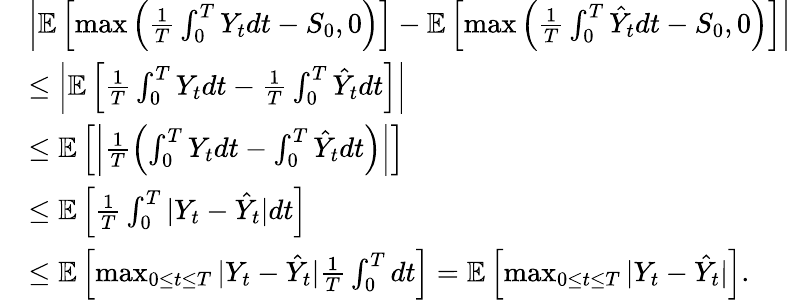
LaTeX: \begin{array}{rl}&{\left|\mathbb{E}\left[\operatorname*{max}\left(\frac{1}{T}\int_{0}^{T}Y_{t}dt-S_{0},0\right)\right]-\mathbb{E}\left[\operatorname*{max}\left(\frac{1}{T}\int_{0}^{T}\hat{Y}_{t}dt-S_{0},0\right)\right]\right|}\\ &{\leq\left|\mathbb{E}\left[\frac{1}{T}\int_{0}^{T}Y_{t}dt-\frac{1}{T}\int_{0}^{T}\hat{Y}_{t}dt\right]\right|}\\ &{\leq\mathbb{E}\left[\left|\frac{1}{T}\left(\int_{0}^{T}Y_{t}dt-\int_{0}^{T}\hat{Y}_{t}dt\right)\right|\right]}\\ &{\leq\mathbb{E}\left[\frac{1}{T}\int_{0}^{T}|Y_{t}-\hat{Y}_{t}|dt\right]}\\ &{\leq\mathbb{E}\left[\operatorname*{max}_{0\leq t\leq T}|Y_{t}-\hat{Y}_{t}|\frac{1}{T}\int_{0}^{T}dt\right]=\mathbb{E}\left[\operatorname*{max}_{0\leq t\leq T}|Y_{t}-\hat{Y}_{t}|\right].}\end{array}